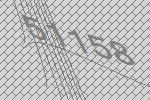
51158